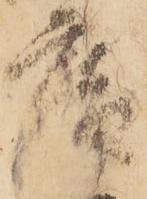
庵